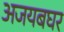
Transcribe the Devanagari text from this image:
अजयबघर